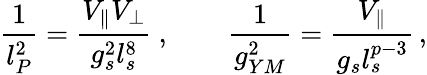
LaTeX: \frac{1}{l_{P}^{2}}=\frac{V_{\parallel}V_{\perp}}{g_{s}^{2}l_{s}^{8}}\ ,\qquad\frac{1}{g_{YM}^{2}}=\frac{V_{\parallel}}{g_{s}l_{s}^{p-3}}\, ,